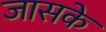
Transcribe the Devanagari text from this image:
जासके